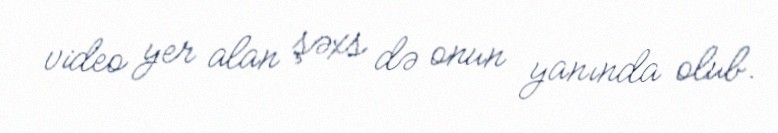
video yer alan şəxs də onun yanında olub.